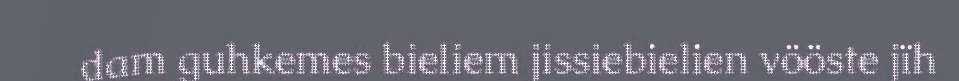
dam guhkemes bieliem jissiebielien vööste jïh